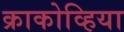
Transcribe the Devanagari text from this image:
क्राकोव्हिया